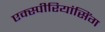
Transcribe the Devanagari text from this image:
एक्स्पीरियांसिंग